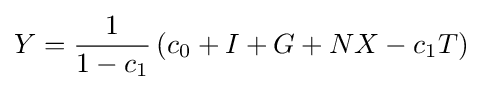
Y={\frac {1}{1-c_{1}}}\left(c_{0}+I+G+NX-c_{1}T\right)